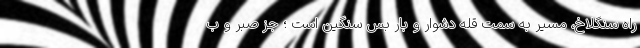
راه سنگلاخ، مسیر به سمت قله دشوار و بار بس سنگین است ؛ جز صبر و ب